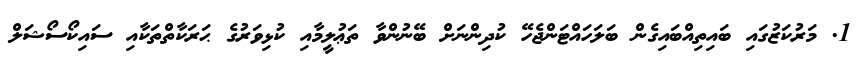
1. މަރުކަޒުގައި ބައިތިއްބައިގެން ބަލަހައްޓަންޖެހޭ ކުދިންނަށް ބޭނުންވާ ތަޢުލީމާއި ކުޅިވަރުގެ ޙަރަކާތްތަކާއި ސައިކޯސޯޝަލް